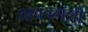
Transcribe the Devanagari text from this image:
तावबगली